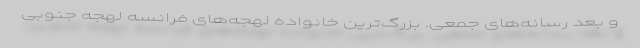
و بعد رسانه‌های جمعی. بزرگ‌ترین خانواده لهجه‌های فرانسه لهجه جنوبی